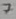
Text: 7